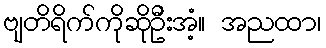
ဗျတိရိက်ကိုဆိုဦးအံ့။ အညထာ၊